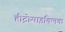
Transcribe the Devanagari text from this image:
हीट्रोसाइक्लिक